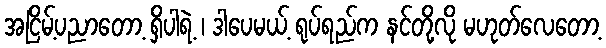
အငြိမ့်ပညာတော့ ရှိပါရဲ့ ၊ ဒါပေမယ့် ရုပ်ရည်က နင်တို့လို မဟုတ်လေတော့